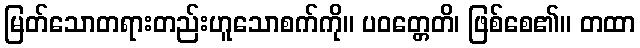
မြတ်သောတရားတည်းဟူသောစက်ကို။ ပဝတ္တေတိ၊ ဖြစ်စေ၏။ တထာ